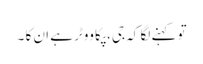
تو کہنے لگا کہ جی، پکا ووٹر ہے ان کا ۔